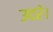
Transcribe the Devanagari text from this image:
उदरे।